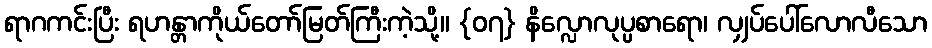
ရာဂကင်းပြီး ရဟန္တာကိုယ်တော်မြတ်ကြီးကဲ့သို့။ {၀၇} နိလ္လောလုပ္ပစာရော၊ လျှပ်ပေါ်လောလီသော